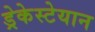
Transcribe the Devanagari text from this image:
ड्रेकेस्टेयान